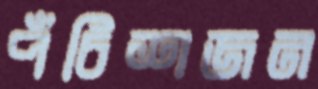
পঁচিশজন